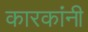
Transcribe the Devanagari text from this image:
कारकांनी